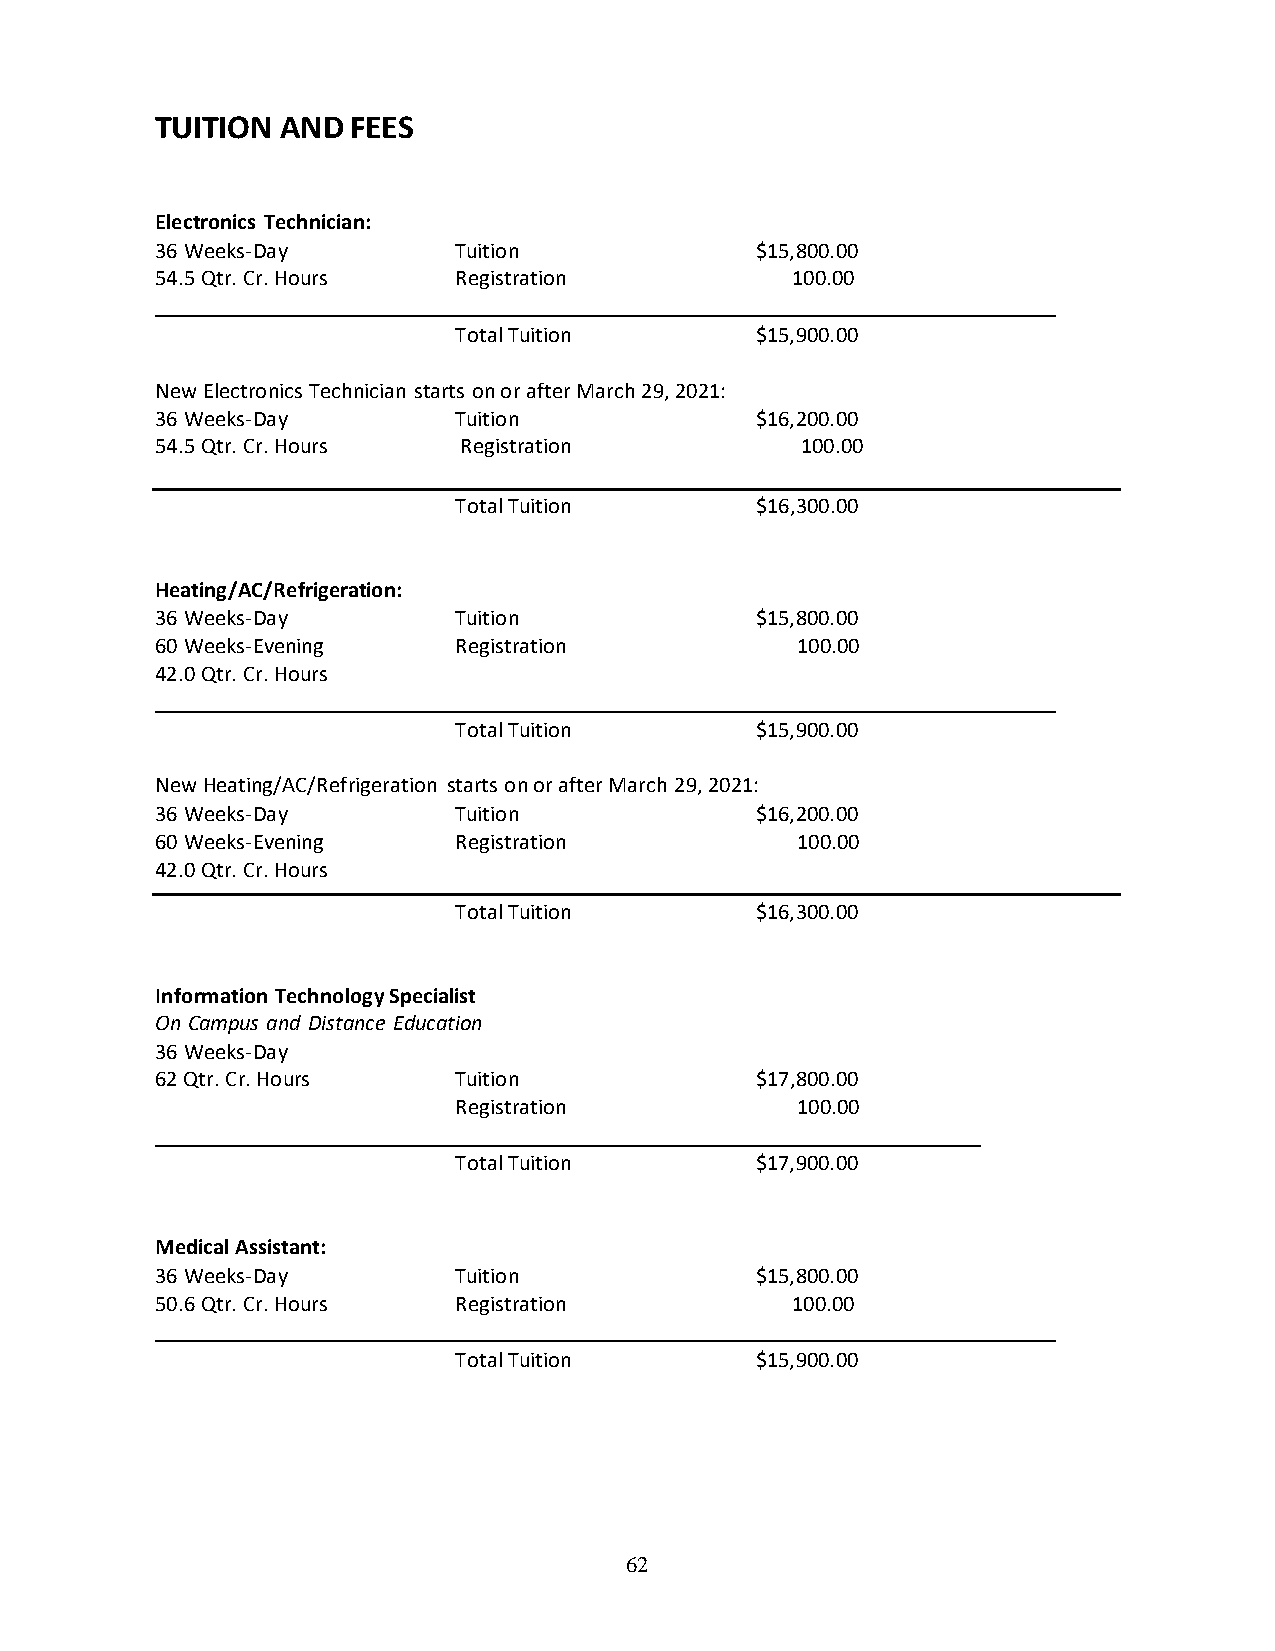
TUITION  AND FEES
 Electronics Technician:
 36 Weeks-Day        Tuition             $15,800.00
 54.5 Qtr. Cr. Hours Registration          100.00
 Total Tuition       $15,900.00
 New Electronics Technician starts on or after March 29, 2021:
 36 Weeks-Day        Tuition             $16,200.00
 54.5 Qtr. Cr. Hours Registration           100.00
 Total Tuition       $16,300.00
 Heating/AC/Refrigeration:
 36 Weeks-Day        Tuition             $15,800.00
 60 Weeks-Evening    Registration           100.00
 42.0 Qtr. Cr. Hours
 Total Tuition       $15,900.00
 New Heating/AC/Refrigeration starts on or after March 29, 2021:
 36 Weeks-Day        Tuition             $16,200.00
 60 Weeks-Evening    Registration           100.00
 42.0 Qtr. Cr. Hours
 Total Tuition       $16,300.00
 Information Technology Specialist
 On Campus and Distance Education
 36 Weeks-Day
 62 Qtr. Cr. Hours   Tuition             $17,800.00
 Registration           100.00
 Total Tuition       $17,900.00
 Medical Assistant:
 36 Weeks-Day        Tuition             $15,800.00
 50.6 Qtr. Cr. Hours Registration          100.00
 Total Tuition       $15,900.00
 62